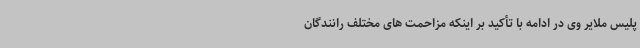
پلیس ملایر وی در ادامه با تأکید بر اینکه مزاحمت های مختلف رانندگان